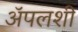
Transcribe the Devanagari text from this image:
अॅपलशी